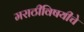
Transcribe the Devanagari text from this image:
मराठीविषयीचे